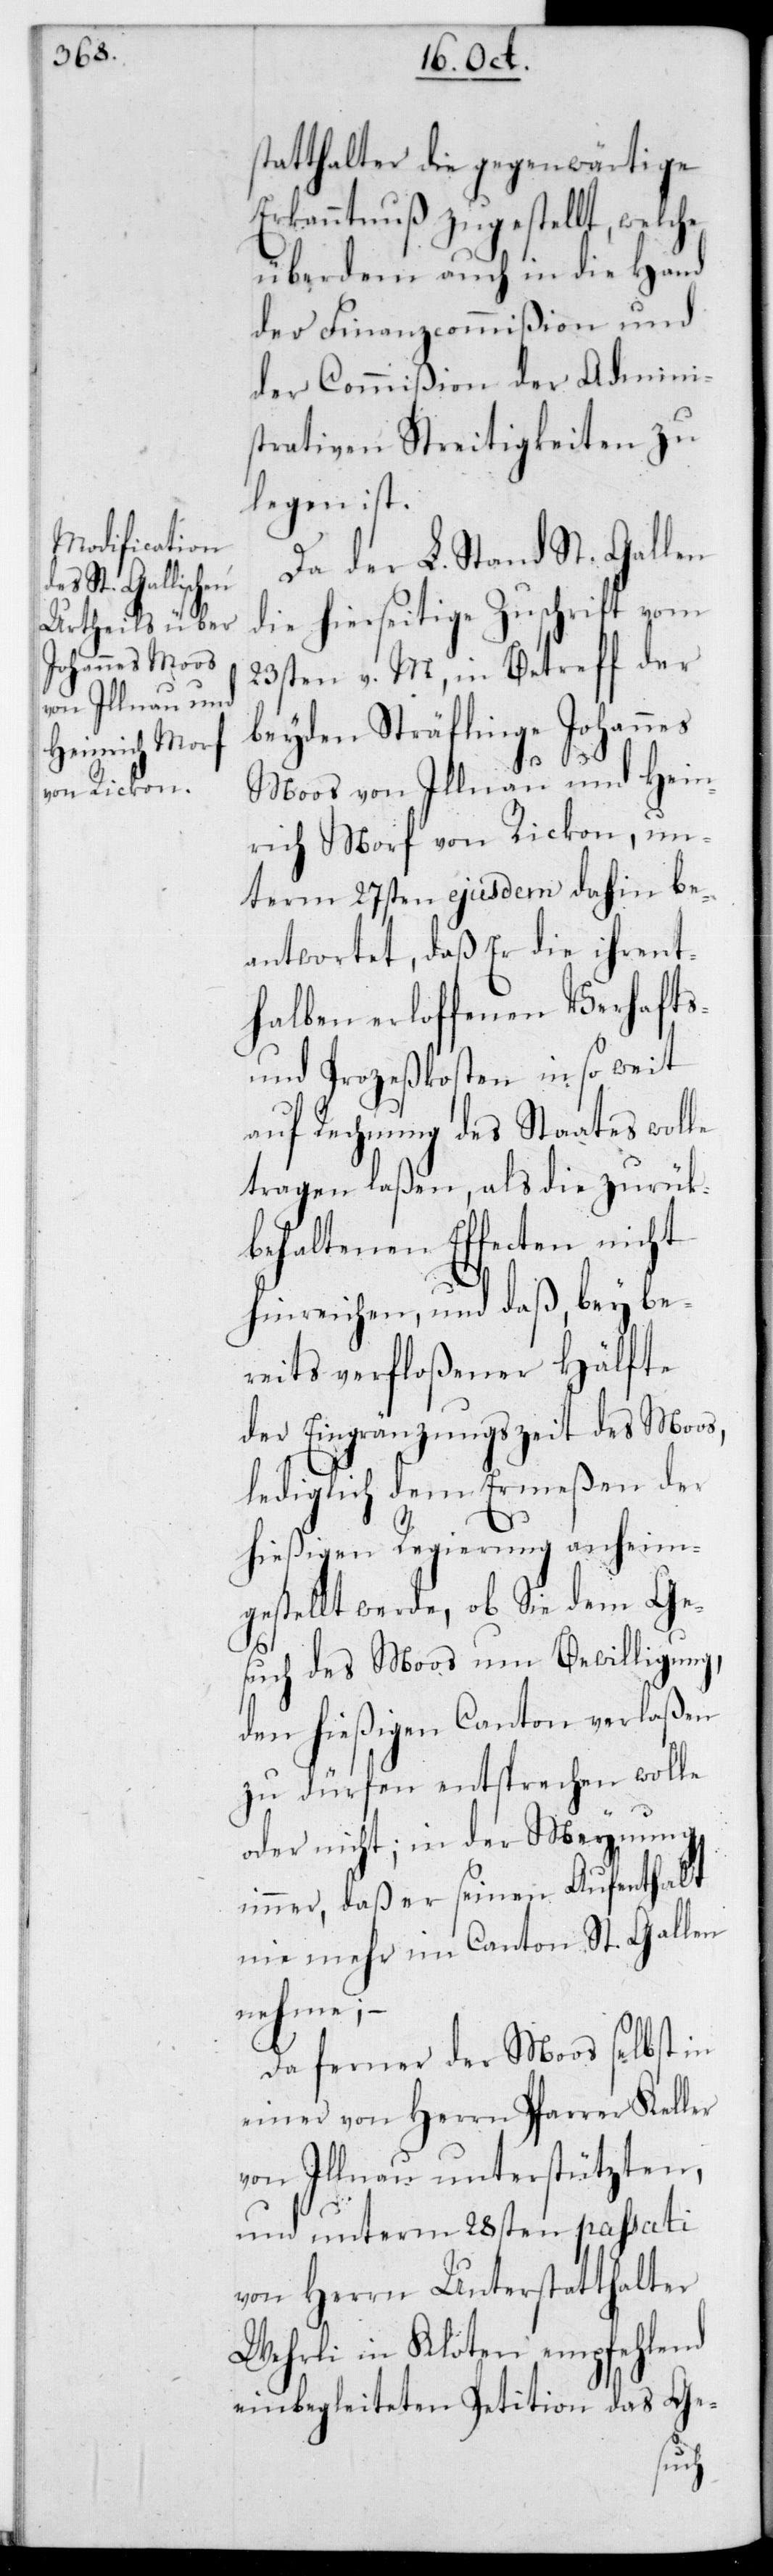
statthalter die gegenwärtige
Erkanntnuß zugestellt, welche
über dem auch in die Hand
der Finanzcommißion und
der Commißion der Admini¬
strativen Streitigkeiten zu
legen ist.
Da der L. Stand St. Gallen
die hierseitige Zuschrift vom
23sten v. M., in Betreff der
beyden Sträflinge Johannes
Moos von Illnau und Hein¬
rich Morf von Rickon, un¬
term 27sten ejusdem dahin be¬
antwortet, daß Er die ihrent¬
halben erloffenen Verhafts-
und Prozeßkosten in so weit
auf Rechnung des Staates wolle
tragen laßen, als die zurück¬
behaltenen Effecten nicht
hinreichen, und daß, bey be¬
reits verfloßener Hälfte
der Eingränzungszeit des Moos,
lediglich dem Ermeßen der
hießigen Regierung anheim¬
gestellt werde, ob sie dem Ge¬
such des Moos um Bewilligung,
den hießigen Canton verlaßen
zu dürfen entsprechen wolle
oder nicht, in der Meynung
immer, daß er seinen Aufenthalt
nie mehr im Canton St. Gallen
nehme;
Da ferner der Moos selbst in
einer von Herrn Pfarrer Keller
von Illnau unterstützten,
und unterm 28sten passati
von Herrn Unterstatthalter
Wehrli in Kloten empfehlend
einbegleiteten Petition das Ge-